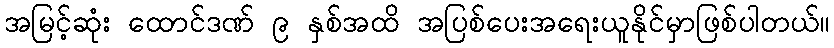
အမြင့်ဆုံး ထောင်ဒဏ် ၉ နှစ်အထိ အပြစ်ပေးအရေးယူနိုင်မှာဖြစ်ပါတယ်။